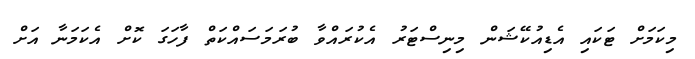
މިކަމަށް ޓަކައި އެޑިއުކޭޝަން މިނިސްޓަރު އެކުރައްވާ ބުރަމަސައްކަތް ފާހަގަ ކޮށް އެކަމަނާ އަށް